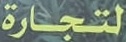
لتجارة